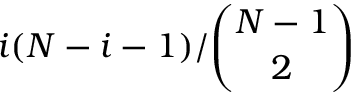
i ( N - i - 1 ) / \binom { N - 1 } { 2 }